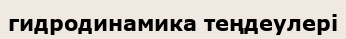
гидродинамика теңдеулері